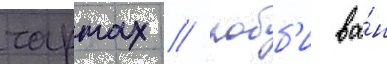
чартах / робб'и ва́н